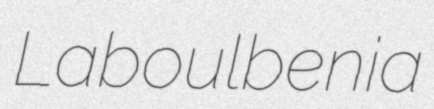
Laboulbenia